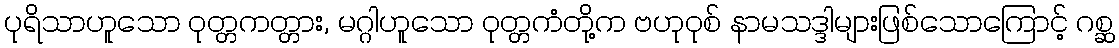
ပုရိသာဟူသော ဝုတ္တကတ္တား, မဂ္ဂါဟူသော ဝုတ္တကံတို့က ဗဟုဝုစ် နာမသဒ္ဒါများဖြစ်သောကြောင့် ဂစ္ဆ